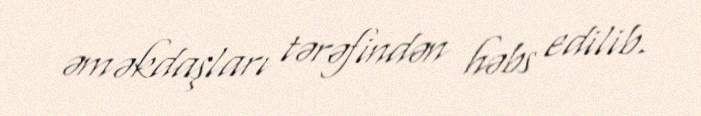
əməkdaşları tərəfindən həbs edilib.